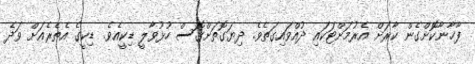
ފާޚާނާކޮށްގެން ކާރަށް އެރުމަށްޓަކައި ދުއްވައިގަތެވެ. ދިޔަގޮތަށްގޮސް ހުޅުވާލީ ޑިކީއެވެ. ޑިކީގެ އެތެރެއަށް ވަދެ